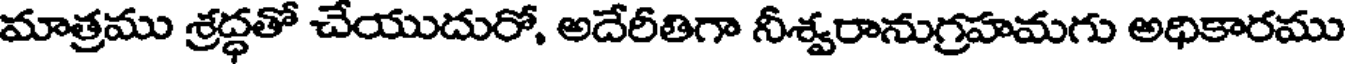
మాత్రము శ్రద్ధతో చేయుదురో, అదేరీతిగా నీశ్వరానుగ్రహమగు అధికారము